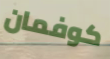
كوفمان